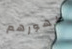
ظهورهم